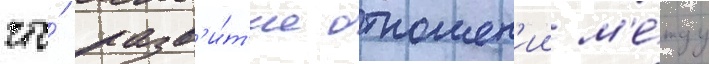
что́ разв'и́т'ие отношен'ии м'е́жду